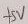
Text: +5V